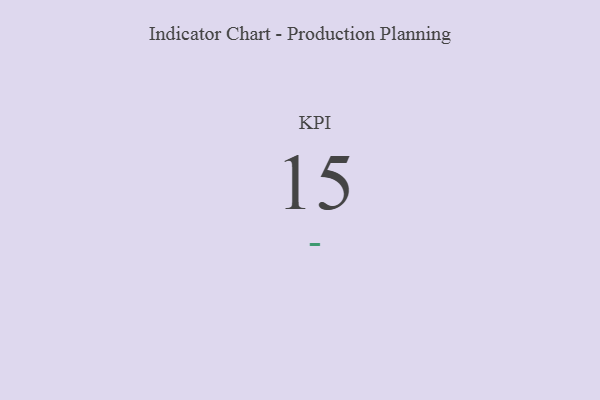
{"axis": {"x": "KPI", "y": "Value"}, "legend": [""], "data": [{"x": "KPI", "y": 15, "type": ""}]}